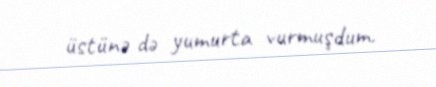
üstünə də yumurta vurmuşdum.